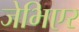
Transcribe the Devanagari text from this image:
जेभिएर